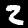
Digit: 2